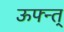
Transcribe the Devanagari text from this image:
ऊफ्न्त्